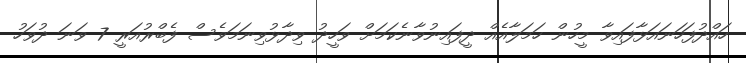
ހައްދުފަހަނައަޅާފައިވާ މީހުން ހަމަލާއެއް ދީފައިނުވާނެކަމަށް ވަހީދު ވިދާޅުވިނަމަވެސް ފެބްރުއަރީ 7 ވަނަ ދުވަހު